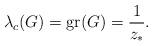
LaTeX: \begin{align*} \lambda_c(G)=\mathrm{gr}(G)=\frac{1}{z_*}.\end{align*}